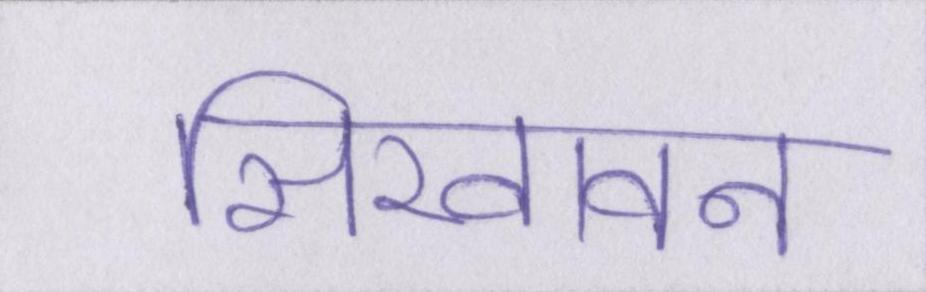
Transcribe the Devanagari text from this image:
सिखावन